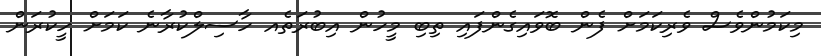
މިކަމުންވެސް ވެރިކަމަށް ފެން ބޮވައިގެންފައި ތިބި މީހުން އިބުރަތެއ ހާސިލްކުރާނެ ކަމަށް ހީކުރަން